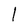
Character: l